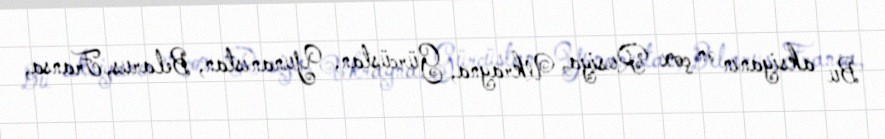
Bu aksiyanın ən çox Rusiya, Ukrayna, Gürcüstan, Yunanıstan, Belarus, Fransa,